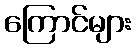
ကြောင်များ